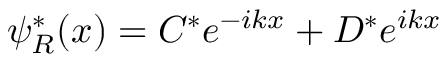
\psi _ { R } ^ { * } ( x ) = C ^ { * } e ^ { - i k x } + D ^ { * } e ^ { i k x }